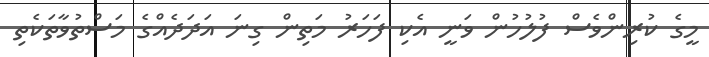
މީގެ ކުރިންވެސް ފުލުހުން ވަނީ އެކި ފަހަރު މަތިން ގިނަ އަދަދެއްގެ މަސްތުވާތަކެތި